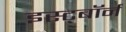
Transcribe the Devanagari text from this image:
इस्ट्बॉर्न